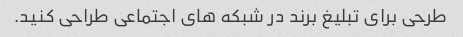
طرحی برای تبلیغ برند در شبکه های اجتماعی طراحی کنید.